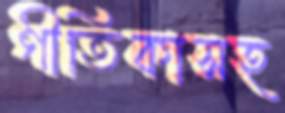
গীতিকাসহ